Vaccination North-Western Provinces 1866-1877 - 1866-1877
Year: 1866
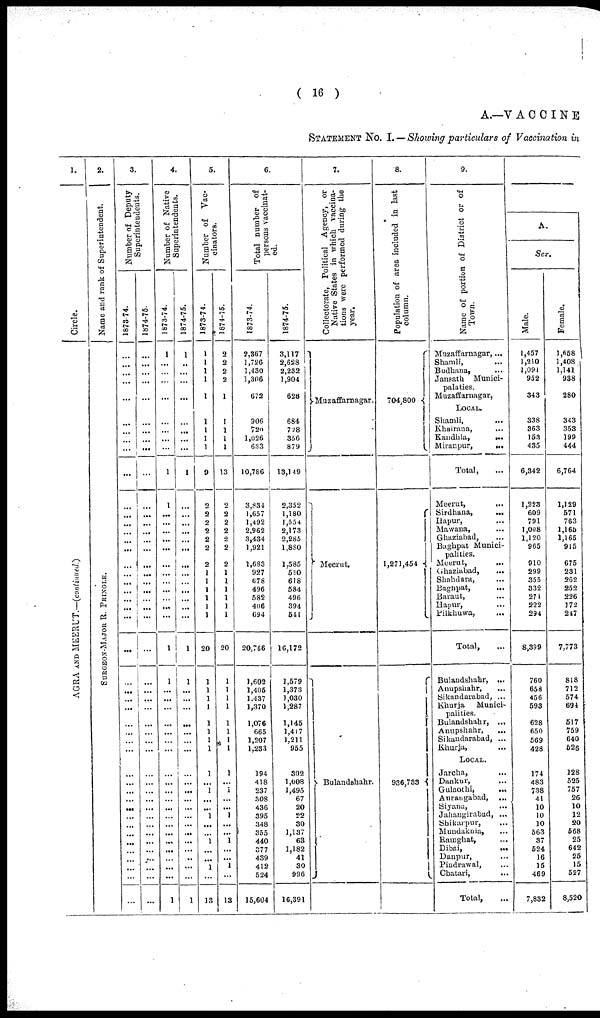
( 16 )
A.—VACCINE
STATEMENT No. I.— Showing particulars of Vaccination in
1.
Circle.
AGRA AND MEERUT.—(continued.)
2.
Name and rank of Superintendent.
SURGEON-MAJOR R. PRINGLE.
3.
Number of Deputy
Supcrintendents.
1873-74.
...
...
...
...
...
...
...
...
...
...
...
...
...
...
...
...
...
...
...
...
...
...
...
...
...
...
...
...
...
...
...
...
...
...
...
...
...
...
...
...
...
...
...
...
...
...
...
...
1874-75.
...
...
...
...
...
...
...
...
...
...
...
...
...
...
...
...
...
...
...
...
...
...
...
...
...
...
...
...
...
...
...
...
...
...
...
...
...
...
...
...
...
...
...
...
...
...
...
4.
Number of Native
Superintendents.
1873-74.
1
...
...
...
...
...
...
...
...
...
1
1
...
...
...
...
...
...
...
...
...
...
...
...
1
1
...
...
...
...
...
...
...
...
...
...
...
...
...
...
...
...
...
...
...
...
1
1874-75.
1
...
...
...
...
...
...
...
...
...
1
...
...
...
...
...
...
...
...
...
...
...
...
...
1
1
...
...
...
...
...
...
...
...
...
...
...
...
...
...
...
...
...
...
...
1
5.
Number of Vac¬
cinators.
1873-74.
1
1
1
1
1
1
1
1
1
9
2
2
2
2
2
2
2
1
1
1
1
1
1
20
1
1
1
1
1
1
1
1
1
...
1
...
... 1
...
...
1
...
...
1
...
13
1874-75.
2
2
2
2
1
1
1
1
1
13
2
2
2
2
2
2
2
1
1
1
1
1
1
20
1
1
1
1
1
1
1
1
1
1
...
1
...
... 1
...
... 1
...
... 1
...
13
6.
Total number of
persons vaccinat-
ed.
1873-74.
2,867
1,726
1,430
1,306
672
906
720
1,026
633
10,786
3,834
1,657
1,492
2,962
3,434
1,921
1,683
927
678
496
582
406
694
20,766
1,602
1,405
1,437
1,370
1,076
665
1,207
1,233
194
418
237
308
436
395
348
355
440
377
439
412
524
15,604
1874-75.
3,117
2,628
2,232
1,904
628
684
728
356
879
13,149
2,352
1,180
1,554
2,173
2,285
1,880
1,585
530
618
584
496
394
541
16,172
1,579
1,373
J,030
1,287
1,145
1,417
1,211
955
302
1,008
1,495
67
20
22
30
1,137
63
1,182
41
30
996
16,391
7.
Collectorate, Political Agency, or
Native States in which vaccina-
tions were performed during the
year.
Muzaffarnagar.
Meerut.
Bulandehahr.
8.
Population of area included in last
column.
704,800
1,271,454
936,733
9.
Name of portion of District or of
Town.
Muzaffarnagar,...
Shamli, ...
Budhana, ...
Jansath Munici¬
palaties.
Muzaffarnagar,
LOCAL.
Shamli, ...
Khairana, ...
Kandhla,
...
Miranpur,
...
Total, ...
Meerut, ...
Sirdhana,
...
Hapur, ...
Mawana, ...
Ghaziabad, ...
Baghpat Munici-
palities.
Meerut,
...
Ghaziabad, ...
Shahdara, ...
Baghpat,
...
Baraut, ...
Hapur, ...
Pikhuwa, ...
Total, ...
Bulandshahr, ...
Anupshahr, ...
Sikandarabad, ...
Khurja
Munici-
palities.
Bulandshahr, ...
Anupshahr, ...
Sikandarabad, ...
Khurja, ...
LOCAL.
Jarcha, ...
Dankur, ...
Gulaothi,
...
Aurangabad, ...
Siyana, ...
Jahangirabad, ...
Shikarpur, ...
Mundaknia, ...
Ramghat, ...
Dibai,
...
Danpur, ...
Pindrawal, ...
Chatari, ...
Total, ...
A.
Sex.
Male.
1,457
1,210
1,091
952
343
338
363
153
435
6,342
1,223
609
791
1,008
1,120
965
910
299
355
332
271
222
294
8,399
760
658
456
593
628
650
569
428
174
483
738
41
10
10
10
563
37
524
16
15
469
7,832
Female.
1,658
1,408
1.141
938
280
343
353
199
444
6,764
1,129
571
763
1,165
1,165
915
675
231
262
252
226
372
247
7,773
818
712
574
694
617
759
640
626
128
525
757
26
10
12
20
568
25
642
25
15
527
8,520